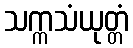
သက္ကသံယုတ္တံ